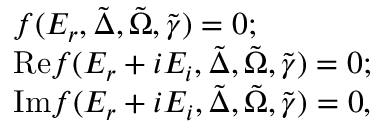
\begin{array} { r l } & { f ( E _ { r } , \tilde { \Delta } , \tilde { \Omega } , \tilde { \gamma } ) = 0 ; } \\ & { \mathrm { R e } f ( E _ { r } + i E _ { i } , \tilde { \Delta } , \tilde { \Omega } , \tilde { \gamma } ) = 0 ; } \\ & { \mathrm { I m } f ( E _ { r } + i E _ { i } , \tilde { \Delta } , \tilde { \Omega } , \tilde { \gamma } ) = 0 , } \end{array}